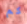
كم